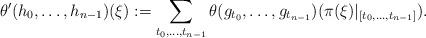
LaTeX: \begin{align*}{}\theta'(h_0,\dots,h_{n-1})(\xi):=\sum_{t_0,\dots,t_{n-1}}\theta(g_{t_0},\dots,g_{t_{n-1}})(\pi(\xi)|_{[t_0,\ldots,t_{n-1}]}).\end{align*}